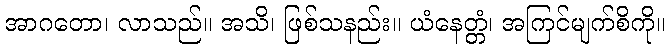
အာဂတော၊ လာသည်။ အသိ၊ ဖြစ်သနည်း။ ယံနေတ္တံ၊ အကြင်မျက်စိကို။